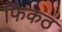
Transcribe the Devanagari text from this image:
फिकठ